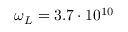
\omega _ { L } = 3 . 7 \cdot 1 0 ^ { 1 0 }